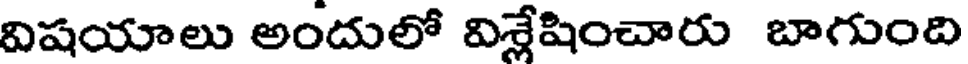
విషయాలు అందులో విశ్లేషించారు బాగుంది